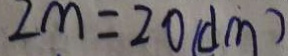
2 m = 2 0 ( d m )